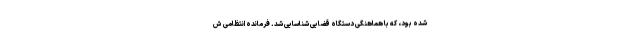
شده بود، که با هماهنگی دستگاه قضایی شناسایی شد. فرمانده انتظامی ش